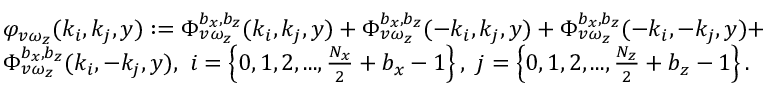
\begin{array} { r l } & { \varphi _ { v \omega _ { z } } ( k _ { i } , k _ { j } , y ) : = \Phi _ { v \omega _ { z } } ^ { b _ { x } , b _ { z } } ( k _ { i } , k _ { j } , y ) + \Phi _ { v \omega _ { z } } ^ { b _ { x } , b _ { z } } ( - k _ { i } , k _ { j } , y ) + \Phi _ { v \omega _ { z } } ^ { b _ { x } , b _ { z } } ( - k _ { i } , - k _ { j } , y ) + } \\ & { \Phi _ { v \omega _ { z } } ^ { b _ { x } , b _ { z } } ( k _ { i } , - k _ { j } , y ) , \ i = \left\{ 0 , 1 , 2 , . . . , \frac { N _ { x } } { 2 } + b _ { x } - 1 \right\} , \ j = \left\{ 0 , 1 , 2 , . . . , \frac { N _ { z } } { 2 } + b _ { z } - 1 \right\} . } \end{array}